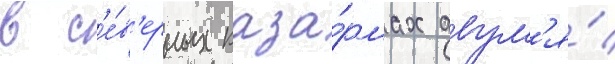
в с'е́в'ерных каза́рмах двум'я́